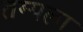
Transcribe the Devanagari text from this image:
तम्पला